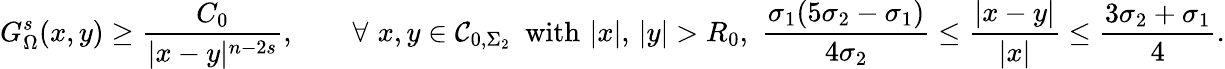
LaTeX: G_{\Omega}^{s}(x,y)\geq\frac{C_{0}}{|x-y|^{n-2s}},\qquad\forall\, \, x,y\in\mathcal{C}_{0,\Sigma_{2}}\, \, \, \mathrm{with}\, \, |x|,\, |y|>R_{0},\, \, \frac{\sigma_{1}(5\sigma_{2}-\sigma_{1})}{4\sigma_{2}}\leq\frac{|x-y|}{|x|}\leq\frac{3\sigma_{2}+\sigma_{1}}{4}.